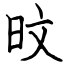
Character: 旼